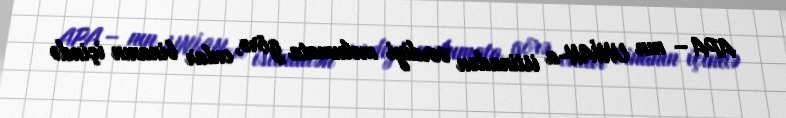
APA – nın UNİAN-a istinadən verdiyi məlumata görə, onlar binanın içində